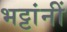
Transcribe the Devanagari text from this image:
भट्टांनीं